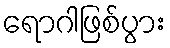
ရောဂါဖြစ်ပွား